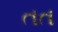
તત